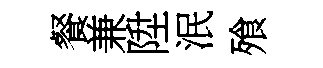
餐兼陞泯飱